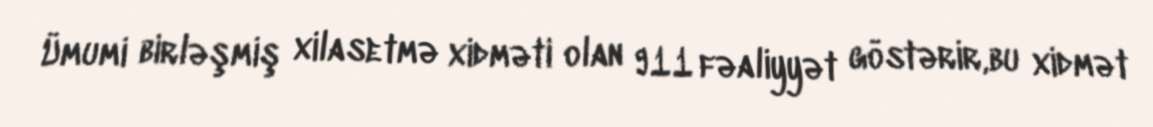
Ümumi birləşmiş xilasetmə xidməti olan 911 fəaliyyət göstərir,bu xidmət